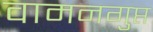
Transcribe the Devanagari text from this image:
वामनगुप्त